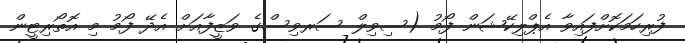
ފުރިހަމަކޮށްފައިވާ އެޕްލިކޭޝަން ފޯމު (ސިވިލް ސަރވިސްގެ ވަޒީފާއަށް އެދޭ ފޯމު މި އޮތޯރިޓީން